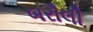
બરૌલી